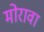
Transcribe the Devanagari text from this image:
मोरावा